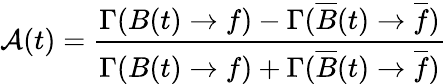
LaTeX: {\cal A}(t)=\frac{\Gamma(B(t)\to f)-\Gamma(\overline{{B}}(t)\to\overline{{{f}}})}{\Gamma(B(t)\to f)+\Gamma(\overline{{B}}(t)\to\overline{{{f}}})}